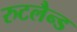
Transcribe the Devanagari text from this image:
रुटलैन्ड